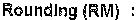
ROUNDING (RM) :